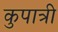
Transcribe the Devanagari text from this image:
कुपात्री